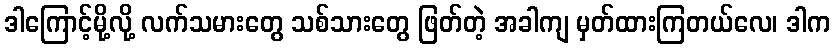
ဒါကြောင့်မို့လို့ လက်သမားတွေ သစ်သားတွေ ဖြတ်တဲ့ အခါကျ မှတ်ထားကြတယ်လေ၊ ဒါက